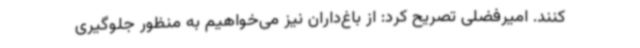
کنند. امیرفضلی تصریح کرد: از باغ‌داران نیز می‌خواهیم به منظور جلوگیری